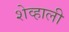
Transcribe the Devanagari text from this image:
शेव्हाली